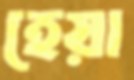
হেয়া